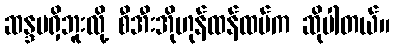
ဆန္ဒမရှိဘူးလို့ စီအီးအိုဟုန်ထန်ထပ်က ဆိုပါတယ်။